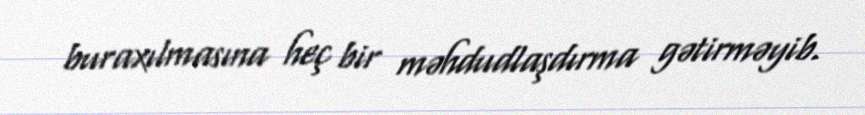
buraxılmasına heç bir məhdudlaşdırma gətirməyib.